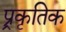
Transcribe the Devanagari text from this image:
प्र्रकृतिक